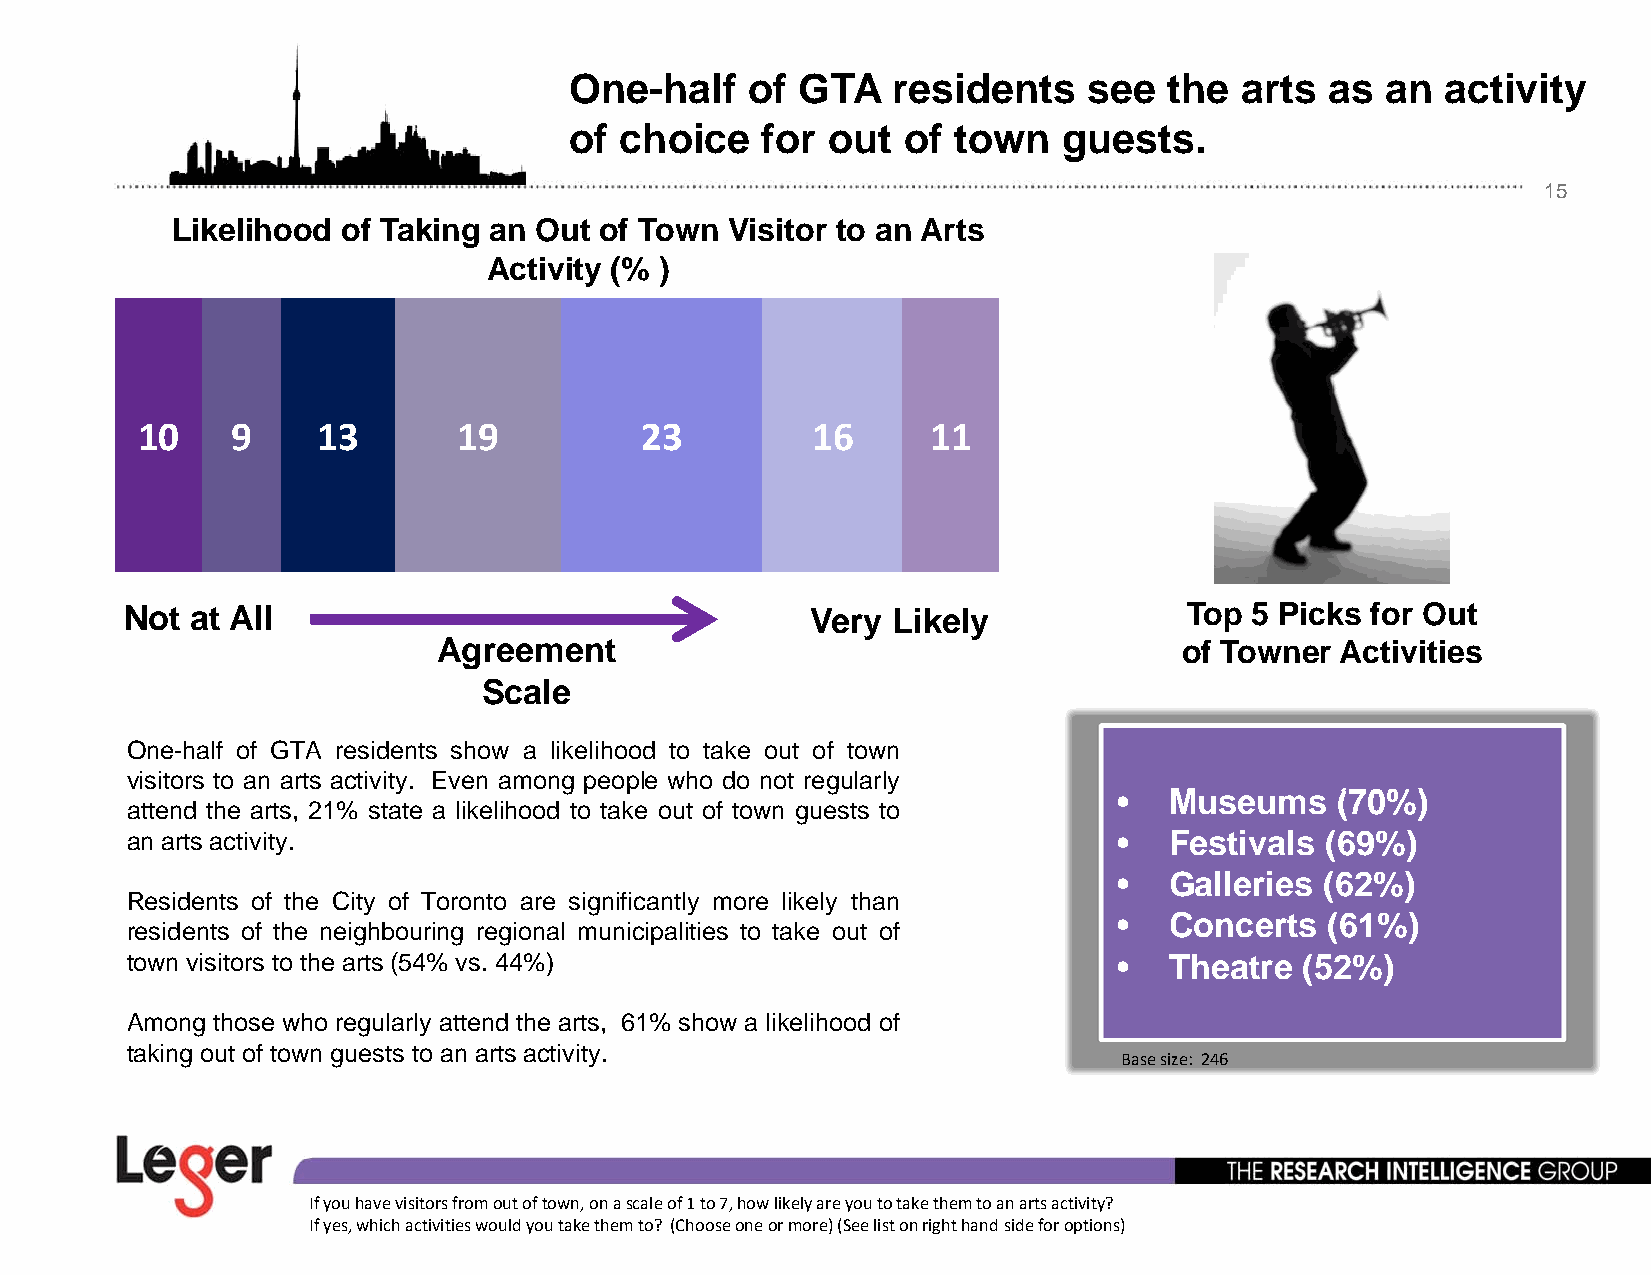
One-half   of  GTA   residents    see  the  arts  as  an  activity
 of choice   for  out  of town   guests.
 15
 Likelihood  of Taking an Out of Town Visitor to an Arts
 Activity (% )
 10    9     13       19          23          16      11
 Not  at All                                   Veryy Likelyy            Top 5 Picks for Out
 Agreement                                        of Towner  Activities
 Scale
 One-half of GTA residents show a likelihood to take out of town
 visitors to an arts activityy. Even amongg ppeopple who do not reggularlyy
 •  MMuseums   ((7700%%))
 attend the arts, 21% state a likelihood to take out of town guests to
 an arts activity.                                                 •  Festivals  (69%)
 •  Galleries  (62%)
 Residents of the City of Toronto are significantly more likely than
 •  Concerts   (61%)
 residents of the neighbouring regional municipalities to take out of
 town visitors to the arts (54% vs. 44%)                           •  Theatre  (52%)
 Among those who regularly attend the arts, 61% show a likelihood of
 taking out of town guests to an arts activity.
 Base size: 246
 If you have visitors from out of town, on a scale of 1 to 7, how likely are you to take them to an arts activity?
 If yes, which activities would you take them to? (Choose one or more) (See list on right hand side for options)